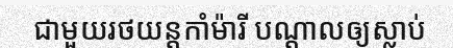
ជាមួយរថយន្តកាំម៉ារី បណ្តាលឲ្យស្លាប់